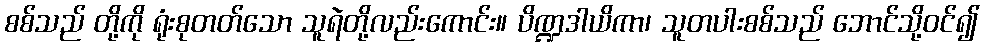
စစ်သည် တို့ကို ရုံးစုတတ်သော သူရဲတို့လည်းကောင်း။ ပိဏ္ဍဒါယိကာ၊ သူတပါးစစ်သည် ဘောင်သို့ဝင်၍